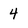
Character: 4